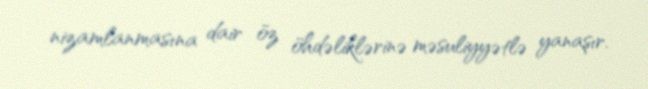
nizamlanmasına dair öz öhdəliklərinə məsuliyyətlə yanaşır.